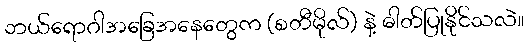
ဘယ်ရောဂါအခြေအနေတွေက (စတီမိုလ်) နဲ့ ဓါတ်ပြုနိုင်သလဲ။